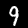
Digit: 9